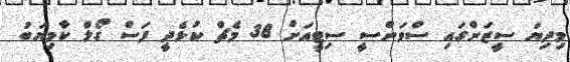
މިދިޔަ ސީޒަންގައި ސްވަންސީ ސިޓީއަށް 38 މެޗް ކުޅެދީ ފަސް ގޯލް ކާމިޔަބު